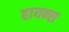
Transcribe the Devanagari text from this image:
हायन्स